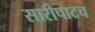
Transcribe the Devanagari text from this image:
सारीपाटच